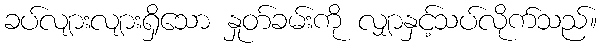
ခပ်လျားလျားရှိသော နှုတ်ခမ်းကို လျှာနှင့်သပ်လိုက်သည်။